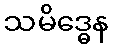
သမိဒ္ဓေန